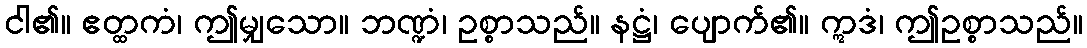
ငါ၏။ ဧတ္ထကံ၊ ဤမျှသော။ ဘဏ္ဍံ၊ ဥစ္စာသည်။ နဋ္ဌံ၊ ပျောက်၏။ ဣဒံ၊ ဤဥစ္စာသည်။